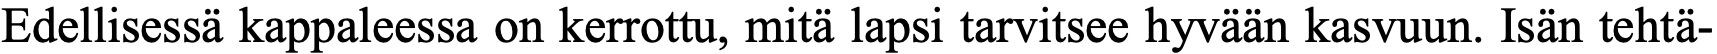
Edellisessä kappaleessa on kerrottu, mitä lapsi tarvitsee hyvään kasvuun. Isän tehtä-